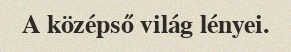
A középső világ lényei.